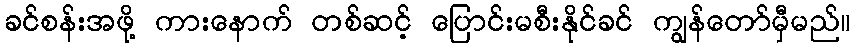
ခင်စန်းအဖို့ ကားနောက် တစ်ဆင့် ပြောင်းမစီးနိုင်ခင် ကျွန်တော်မှီမည်။